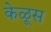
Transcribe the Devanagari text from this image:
केळूस